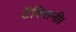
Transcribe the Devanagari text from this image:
टैक्सिनी।